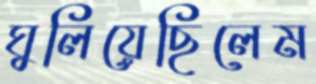
ঘুলিয়েছিলেম